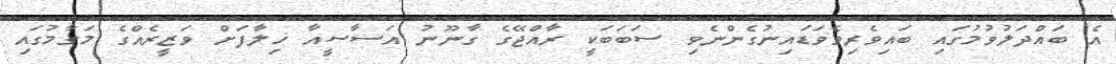
އެ ބައްދަލުވުމުގައި ބައިވެރިވެވަޑައިނުގެންނެވި ސަބަބަކީ ރާއްޖޭގެ ގާނޫނު އަސާސީއާ ޚިލާފަށް ވަޒީރެއްގެ މަގާމުގައި